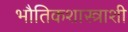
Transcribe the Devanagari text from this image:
भौतिकशास्त्राशी